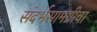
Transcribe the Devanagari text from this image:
संदर्भसामग्रीचा